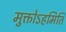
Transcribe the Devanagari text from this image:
मुक्तोऽहमिति